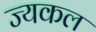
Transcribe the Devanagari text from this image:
ज्यकल